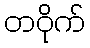
တဝိုက်